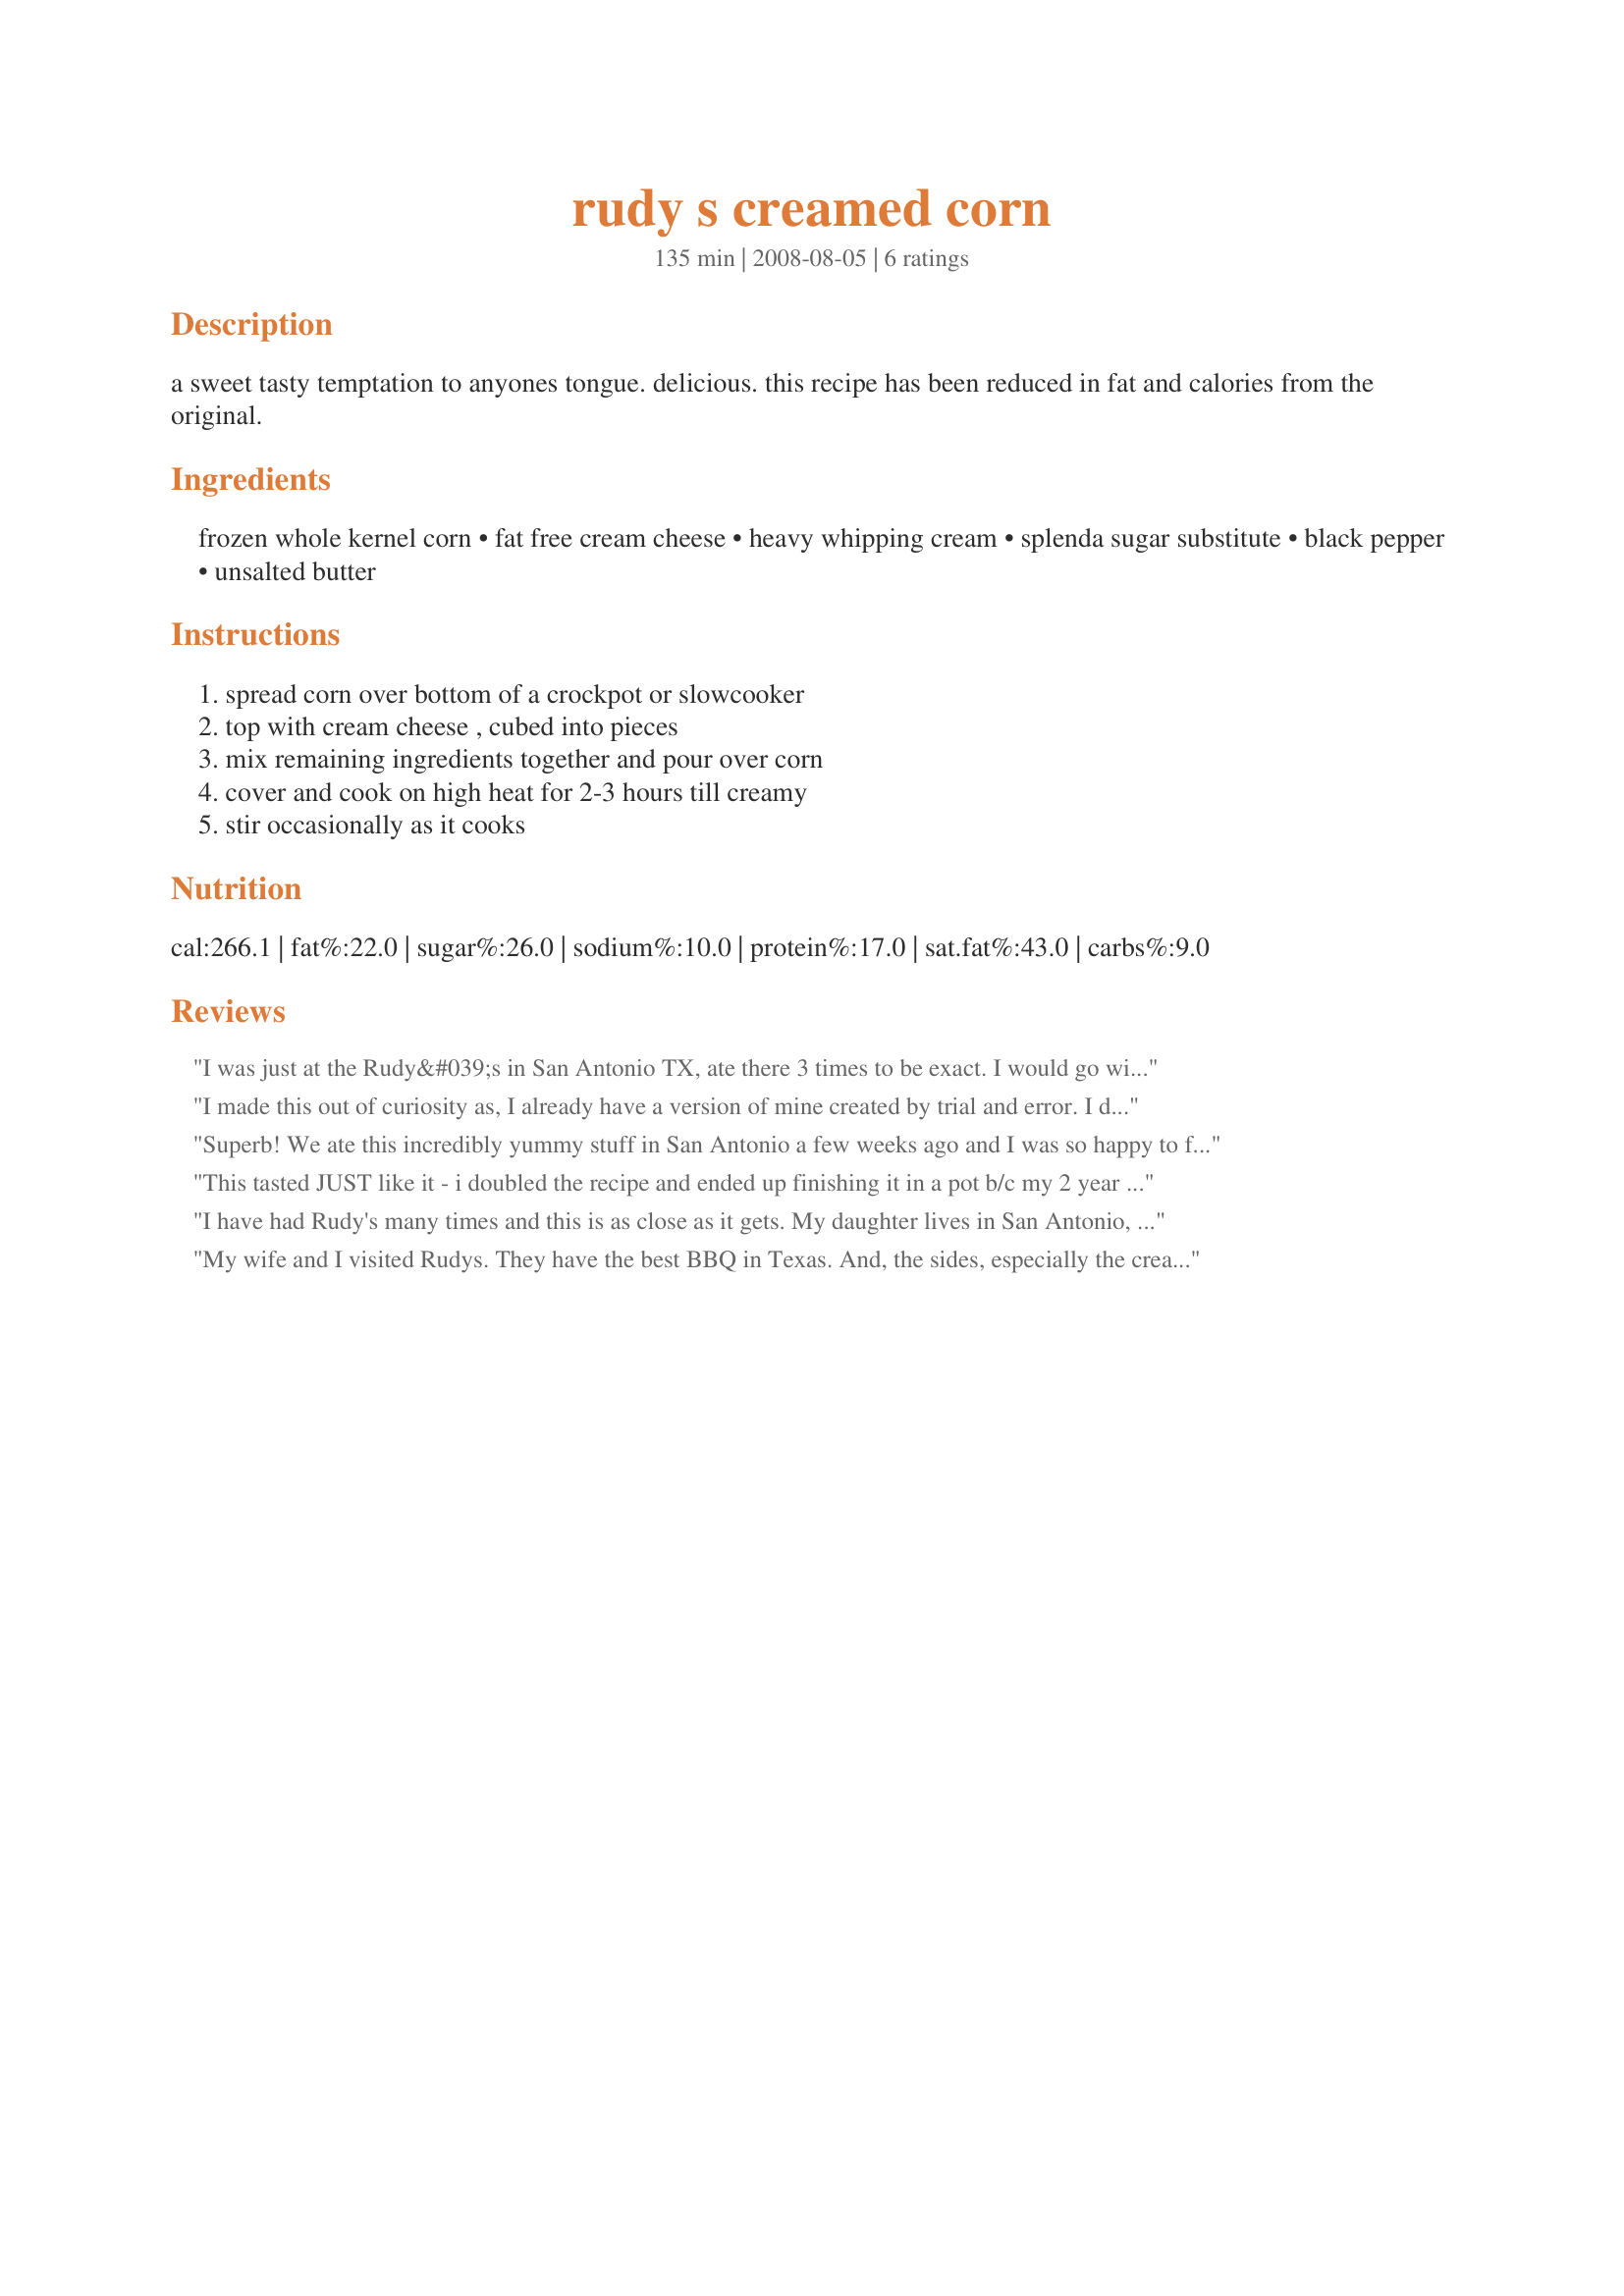
rudy s creamed corn
Preparation time: 135 minutes

a sweet tasty temptation to anyones tongue. delicious. this recipe has been reduced in fat and calories from the original.

Ingredients:
frozen whole kernel corn, fat free cream cheese, heavy whipping cream, splenda sugar substitute, black pepper, unsalted butter

Steps:
spread corn over bottom of a crockpot or slowcooker, top with cream cheese , cubed into pieces, mix remaining ingredients together and pour over corn, cover and cook on high heat for 2-3 hours till creamy, stir occasionally as it cooks

Reviews:
I was just at the Rudy&#039;s in San Antonio TX, ate there 3 times to be exact. I would go with the recipe on blue bonnett &amp; brownies, I made it as soon as I got back to PA. Here are the ingredients: &lt;br/&gt;&lt;br/&gt;4 lbs. frozen sweet corn&lt;br/&gt;2 8 oz blocks cream cheese, diced into 1 inch squares&lt;br/&gt;1 stick (4 oz) of salted butter&lt;br/&gt;3/4 cup heavy whipping cream&lt;br/&gt;4 tablespoons of sugar&lt;br/&gt;1 teaspoon black pepper&lt;br/&gt;1/2 teaspoon salt&lt;br/&gt;&lt;br/&gt;I did half of what the recipe called for threw it in a crock pot talk about delicious!!!
I made this out of curiosity as, I already have a version of mine created by trial and error. I do live in San Antonio and have eaten Rudy's corn many times. Originally loved it and then decided it was too sweet for me and the texture of the corn was not desirable. I don't use a lot of sugar nor the amount of cream cheese and only cook for 20-25 minutes. The sweetness and the cream cheese is a matter of taste but, I strongly think the texture of the corn is nicer when not cooking so long.
Superb! We ate this incredibly yummy stuff in San Antonio a few weeks ago and I was so happy to find a recipe for it here! Even with healthier ingredients, this is an exact replica of what we had at Rudy's. I had only 4 oz. ff cream cheese and used ff 1/2&1/2 rather than heavy whipping cream. Mucho gracias for posting this great recipe we'll enjoy many, many times! MERP'd for All New Zaar tag.
This tasted JUST like it - i doubled the recipe and ended up finishing it in a pot b/c my 2 year old unplugged my crock!! :) I think rudy&#039;s is a little sweet and this was too - but i mean it tasted EXACTLY like it - OH and BIG CHANGE - I used sugar not splenda. Thanks!!! (2 T of sugar - someone asked ;)
I have had Rudy's many times and this is as close as it gets. My daughter lives in San Antonio, the home or Rudy's and she said it was not quite soft enough. So we took the leftovers, added a can of cream style corn, a little extra fat free cream and cooked another hour or so and we both agreed that that was all it needed. wonderful job.
My wife and I visited Rudys. They have the best BBQ in Texas. And, the sides, especially the creamed corn was to die for. However, after making this recipe we had way too much Splenda aftertaste. Neither of us remember that from the restaurant. 8 Tbls is a lot, maybe you need to cut down. I doubt it would be as sweet with plain sugar.
